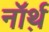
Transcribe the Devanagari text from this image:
नॉर्थ़